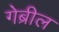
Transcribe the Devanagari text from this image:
गेब्रील